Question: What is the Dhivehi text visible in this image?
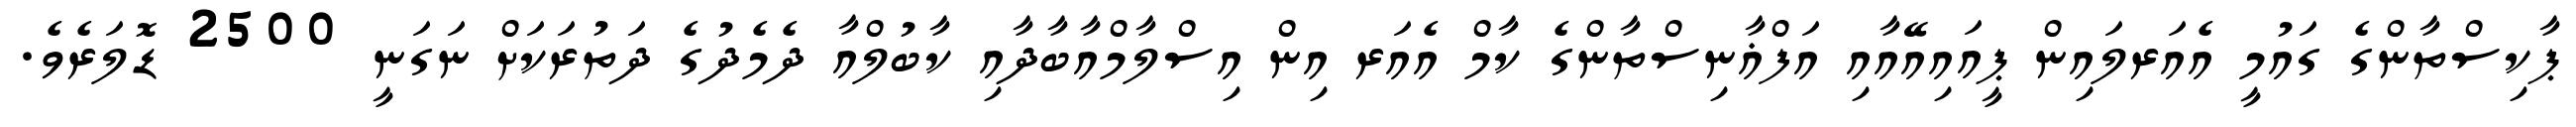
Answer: ޕާކިސްތާންގެ ގައުމީ އެއަރލައިން ޕީއައިއޭއާއި އަފްޣާނިސްތާންގެ ކާމް އެއަރ އިން އިސްލާމްއާބާދާއި ކާބުލްއާ ދެމެދުގެ ދަތުރަކަށް ނަގަނީ 2500 ޑޮލަރެވެ.